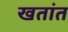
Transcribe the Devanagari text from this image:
खतांत